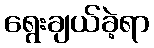
ရွေးချယ်ခဲ့ရာ